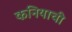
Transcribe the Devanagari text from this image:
कनियाची